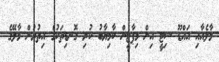
މާލެއާއި އައްޑޫ ސިޓީ އިން މިޕާޓީން ކާމިޔާބު ކުރި ގޮނޑިތަކުގެ އިތުރުން މާލޭގެ